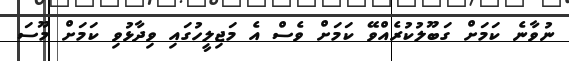
ނުވާނެ ކަމަށް ގަބޫލުކުރެއްވޭ ކަމަށް ވެސް އެ މަޖިލީހުގައި ވިދާޅުވި ކަމަށް މޫސަ